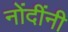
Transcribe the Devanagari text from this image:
नोंदींनी